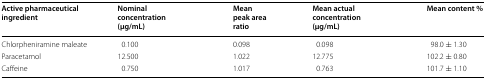
| Active pharmaceutical ingredient | Nominal concentration (μg/mL) | Mean peak area ratio | Mean actual concentration (μg/mL) | Mean content % |
 | --- | --- | --- | --- | --- |
 | Chlorpheniramine maleate | 0.100 | 0.098 | 0.098 | 98.0 ± 1.30 |
 | Paracetamol | 12.500 | 1.022 | 12.775 | 102.2 ± 0.80 |
 | Caffeine | 0.750 | 1.017 | 0.763 | 101.7 ± 1.10 |